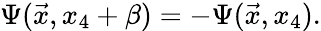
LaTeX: \Psi(\vec{x},x_{4}+\beta)=-\Psi(\vec{x},x_{4}).